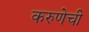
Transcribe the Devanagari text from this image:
करुणेची